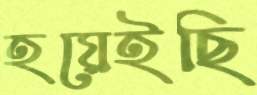
হয়েইছি